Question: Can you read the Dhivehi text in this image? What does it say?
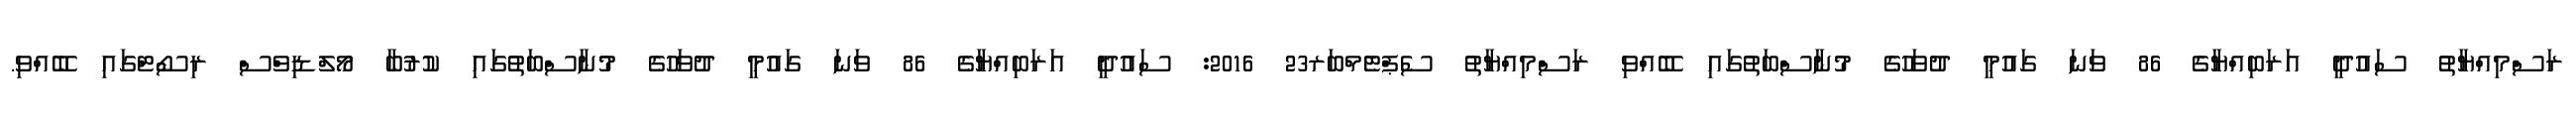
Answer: ރަސްމިއްޔާތު ސައުދީ އަރަބިއްޔާގެ 86 ވަނަ ގައުމީ ދުވަހުގެ މުނާސްބަތުގައި ބޭއްވި ރަސްމިއްޔާތު ސެޕްޓެމްބަރ23 2016: ސައުދީ އަރަބިއްޔާގެ 86 ވަނަ ގައުމީ ދުވަހުގެ މުނާސްބަތުގައި ކުރުބާ މޯލްޑިވްސް ރިސޯޓްގައި ބޭއްވި.